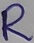
Text: R